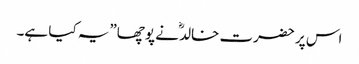
اس پر حضرت خالدؓ نے پوچھا”یہ کیا ہے۔